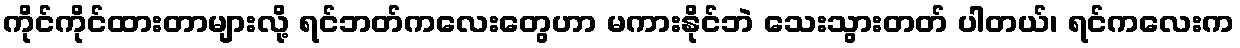
ကိုင်ကိုင်ထားတာများလို့ ရင်ဘတ်ကလေးတွေဟာ မကားနိုင်ဘဲ သေးသွားတတ် ပါတယ်၊ ရင်ကလေးက